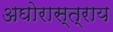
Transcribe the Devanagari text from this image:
अघोरास्त्राय